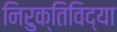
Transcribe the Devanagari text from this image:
निरुक्तिविद्या